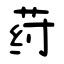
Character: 荮